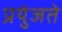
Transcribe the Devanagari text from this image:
प्रयुंजते